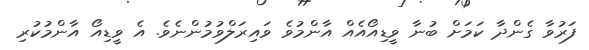
ފަރުވާ ގެންދާ ކަމަށް ބުނާ ވީޑިއޯއެއް އާންމުވެ ވައިރަލްވުމުންނެވެ. އެ ވީޑިއޯ އާންމުކުރި